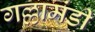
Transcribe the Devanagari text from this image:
गल्लामंडी